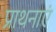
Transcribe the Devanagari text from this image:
प्राथनाएं